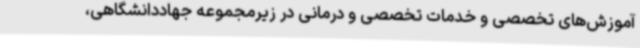
آموزش‌های تخصصی و خدمات تخصصی و درمانی در زیرمجموعه جهاددانشگاهی،